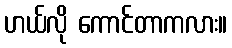
ဟယ်လို ကောင်တာကလား။